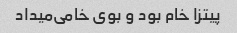
پیتزا خام بود و بوی خامی‌میداد